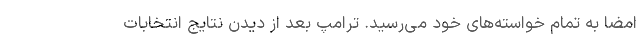
امضا به تمام خواسته‌های خود می‌رسید. ترامپ بعد از دیدن نتایج انتخابات